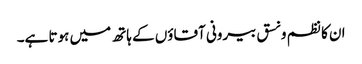
ان کا نظم و نسق بیرونی آقاؤں کے ہاتھ میں ہوتا ہے۔